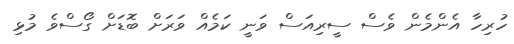
ހުރިހާ އެންމެން ވެސް ސީރިއަސް ވަނީ ކަމެއް ވަރަށް ބޮޑަށް ގޯސްވެ މުޅި